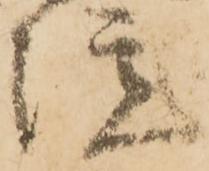
院